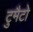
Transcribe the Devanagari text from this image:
टुमैटो